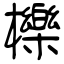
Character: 櫟